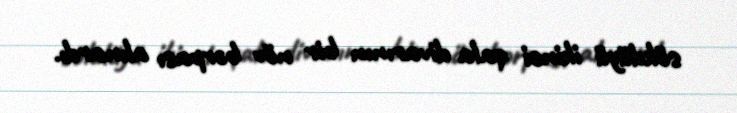
sökdüyü ikinci qala divarının bir növ bərpası alınardı.